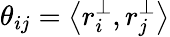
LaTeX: \theta_{ij}=\left<{r_{i}^{\perp},r_{j}^{\perp}}\right>